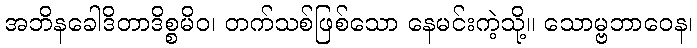
အဘိနခေါဒိတာဒိစ္စမိဝ၊ တက်သစ်ဖြစ်သော နေမင်းကဲ့သို့။ သောမ္ဗဘာဝေန၊